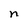
Character: n